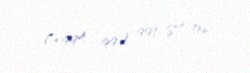
(+994 99) 991-87-06